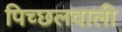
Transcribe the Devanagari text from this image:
पिच्छलवाली